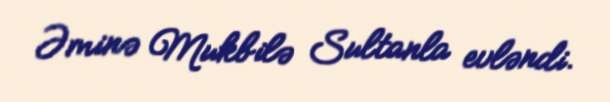
Əminə Mukbilə Sultanla evləndi.